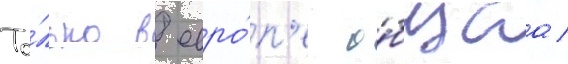
То́лько в евро́п'е о́бщаа